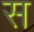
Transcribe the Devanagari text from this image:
स